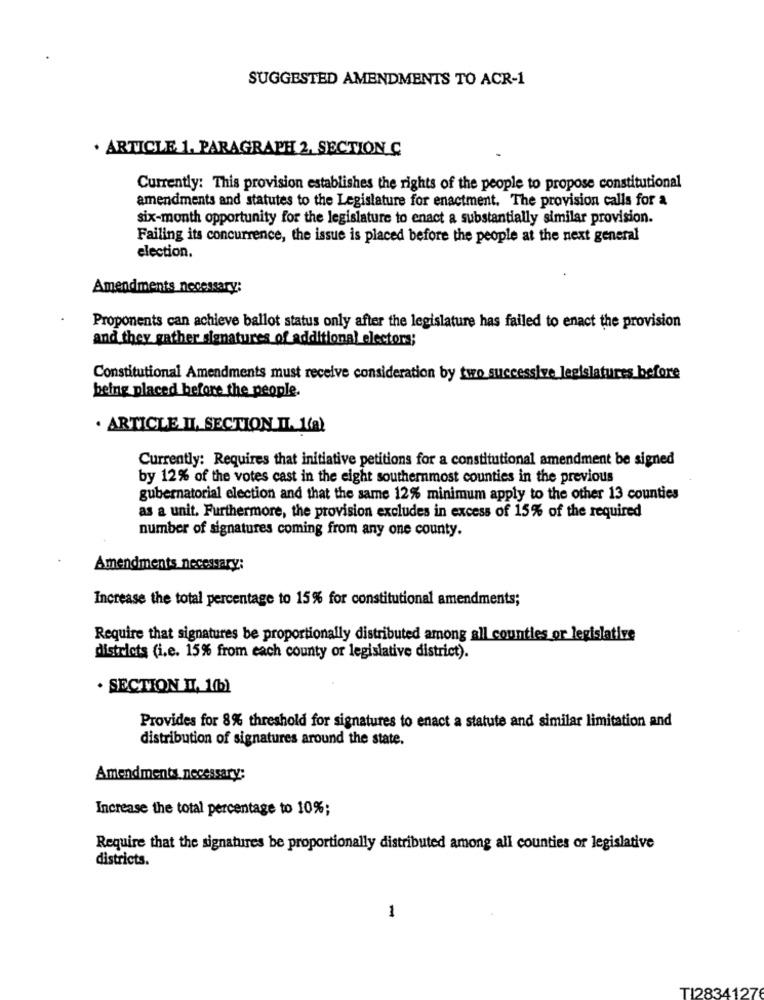
SUGGESTED AMENDMENTS TO ACR-1
. ARTICLE 1. PARAGRAPH 2, SECTION C
Currently: This provision establishes the rights of the people to propose constitutional
amendments and statutes to the Legislature for enactment. The provision calls for a
six-month opportunity for the legislature to enact a substantially similar provision.
Failing its concurrence, the issue is placed before the people at the next general
election.
Amendments necessary:
Proponents can achieve ballot status only after the legislature has failed to enact the provision
and they gather signatures of additional electors;
Constitutional Amendments must receive consideration by two successive legislatures before
being placed before the people.
· ARTICLE II, SECTION II. 1(a)
Currently: Requires that initiative petitions for a constitutional amendment be signed
by 12% of the votes cast in the eight southernmost counties in the previous
gubernatorial election and that the same 12% minimum apply to the other 13 counties
as a unit. Furthermore, the provision excludes in excess of 15% of the required
number of signatures coming from any one county.
Amendments necessary:
Increase the total percentage to 15% for constitutional amendments;
Require that signatures be proportionally distributed among all counties or legislative
districts (i.e. 15% from each county or legislative district).
. SECTION II, 16b)
Provides for 8% threshold for signatures to enact a statute and similar limitation and
distribution of signatures around the state.
Amendments necessary;
Increase the total percentage to 10%;
Require that the signatures be proportionally distributed among all counties or legislative
districts.
1
TI2834127